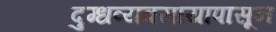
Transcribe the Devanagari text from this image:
दुग्धव्यवसायापासून